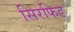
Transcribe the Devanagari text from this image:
सिरफिड